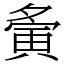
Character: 夤